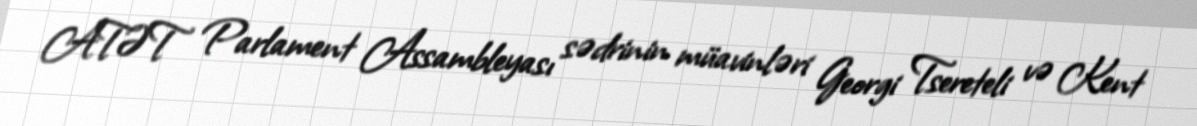
ATƏT Parlament Assambleyası sədrinin müavinləri Georgi Tsereteli və Kent